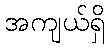
အကျယ်ရှိ